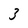
Character: 3